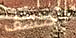
تكتشف